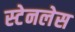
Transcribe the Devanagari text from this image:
स्‍टेनलेस